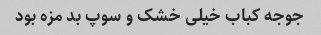
جوجه کباب خیلی خشک و سوپ بد مزه بود